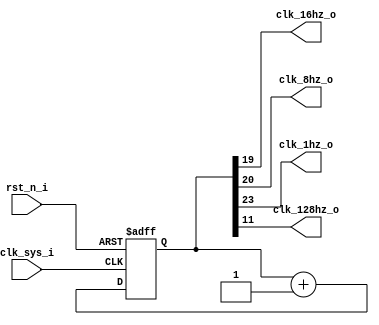
/*
 *  Clock Divider
 *
 *  Copyright (C) 2018, Xiaohai Li (haixiaolee@gmail.com), All Rights Reserved
 *  This program is lincensed under Apache-2.0/GPLv3 dual-license
 *
 *  This program is distributed in the hope that it will be useful,
 *  but WITHOUT ANY WARRANTY; without even the implied warranty of
 *  MERCHANTABILITY or FITNESS FOR A PARTICULAR PURPOSE.  See the
 *  Apache-2.0 License and GNU General Public License for more details.
 *
 *  You may obtain a copy of Apache-2.0 License at
 *
 *  http://www.apache.org/licenses/LICENSE-2.0
 * 
 *  And GPLv3 License at
 *
 *  http://www.gnu.org/licenses
 *
 */
 
module clock_div(
clk_sys_i,
rst_n_i,

clk_16hz_o,
clk_8hz_o,
clk_1hz_o,
clk_128hz_o
);

/***************************************************
 Clock Generator Parameters
***************************************************/
parameter FREQ_SYSCLK = 12_000_000;

/***************************************************
 Declaration of IO Ports and Variable
***************************************************/
input clk_sys_i, rst_n_i;
output clk_16hz_o, clk_8hz_o, clk_1hz_o, clk_128hz_o;

reg[24:0] clk_cnt;

/***************************************************
 Clock Generator Functions
***************************************************/
// Pre-dividing counter
always @(posedge clk_sys_i, negedge rst_n_i)
begin
	if(!rst_n_i) begin
		clk_cnt <= 0;
	end
	else begin
		// Generate 16Hz clock
//		if(clk_cnt == (FREQ_SYSCLK / 128 / 2 - 1))
//			clk_cnt <= 0;
//		else
			clk_cnt <= clk_cnt + 1'b1;
	end
end

// Post-dividing counter


/***************************************************
 Wire Connections
***************************************************/
wire clk_16hz_o = clk_cnt[19];  //~11.2Hz
wire clk_8hz_o = clk_cnt[20]; 	//~5.6Hz
wire clk_1hz_o = clk_cnt[23]; 	//~0.7Hz
wire clk_128hz_o = clk_cnt[11];	//~89.6Hz

endmodule